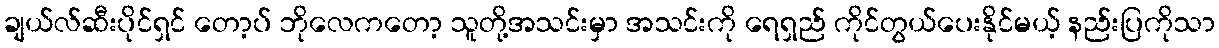
ချယ်လ်ဆီးပိုင်ရှင် တော့ပ် ဘိုလေကတော့ သူတို့အသင်းမှာ အသင်းကို ရေရှည် ကိုင်တွယ်ပေးနိုင်မယ့် နည်းပြကိုသာ